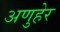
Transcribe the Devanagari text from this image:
अणुहेर